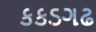
કકડગઢ